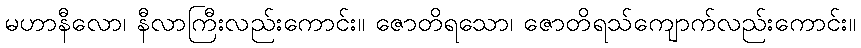
မဟာနီလော၊ နီလာကြီးလည်းကောင်း။ ဇောတိရသော၊ ဇောတိရသ်ကျောက်လည်းကောင်း။